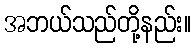
အဘယ်သည်တို့နည်း။